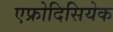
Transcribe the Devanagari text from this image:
एफ्रोदिसियेक